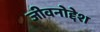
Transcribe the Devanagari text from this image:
जीवनोद्देश